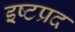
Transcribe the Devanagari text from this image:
इष्टप्रद